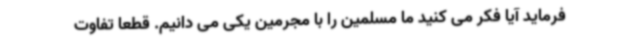
فرماید آیا فکر می کنید ما مسلمین را با مجرمین یکی می دانیم. قطعا تفاوت